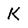
Character: K